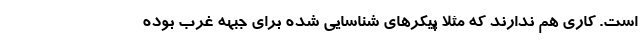
است. کاری هم ندارند که مثلا پیکرهای شناسایی شده برای جبهه غرب بوده